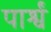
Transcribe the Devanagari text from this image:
पार्श्वं